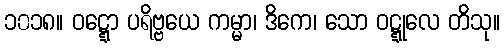
၁၀၁၈။ ဝဋ္ဋော ပရိဗ္ဗယေ ကမ္မာ၊ ဒိကေ၊ သော ဝဋ္ဋုလေ တိသု။